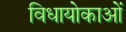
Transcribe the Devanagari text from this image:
विधायोकाओं